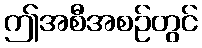
ဤအစီအစဉ်တွင်